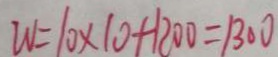
W = 1 0 \times 1 0 + 1 2 0 0 = 1 3 0 0